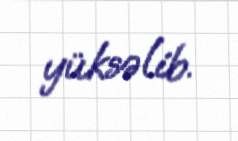
yüksəlib.